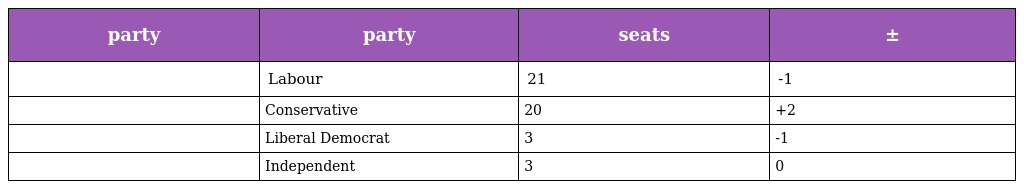
| party | party | seats | ± |
 | --- | --- | --- | --- |
 |  | Labour | 21 | -1 |
 |  | Conservative | 20 | +2 |
 |  | Liberal Democrat | 3 | -1 |
 |  | Independent | 3 | 0 |